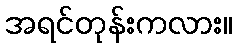
အရင်တုန်းကလား။